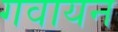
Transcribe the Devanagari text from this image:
गवायन